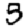
Digit: 5